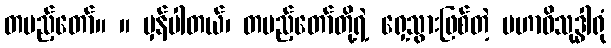
တပည့်တော်။ ။ မှန်ပါတယ်၊ တပည့်တော်တို့ရဲ့ ရှေ့သွားဖြစ်တဲ့ မဟာဝိသုဒ္ဓါရုံ